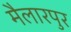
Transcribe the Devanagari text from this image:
मैलारपुर